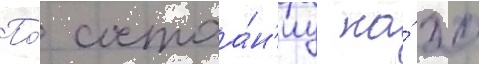
По́ состоа́н'иу на́ 20